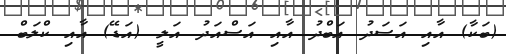
(ބަކާ) އާއި އަސަދު އަބްދު އާއި އަސްއަދު އަލީ (އަޑޭ) އާއި ކްލަބް